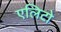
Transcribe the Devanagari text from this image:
एलिटो